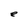
Character: e